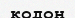
кодон